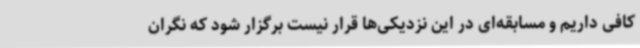
کافی داریم و مسابقه‌ای در این نزدیکی‌ها قرار نیست برگزار شود که نگران